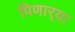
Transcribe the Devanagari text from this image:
पिणार्‍या